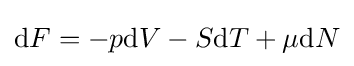
\mathrm {d} F=-p\mathrm {d} V-S\mathrm {d} T+\mu \mathrm {d} N